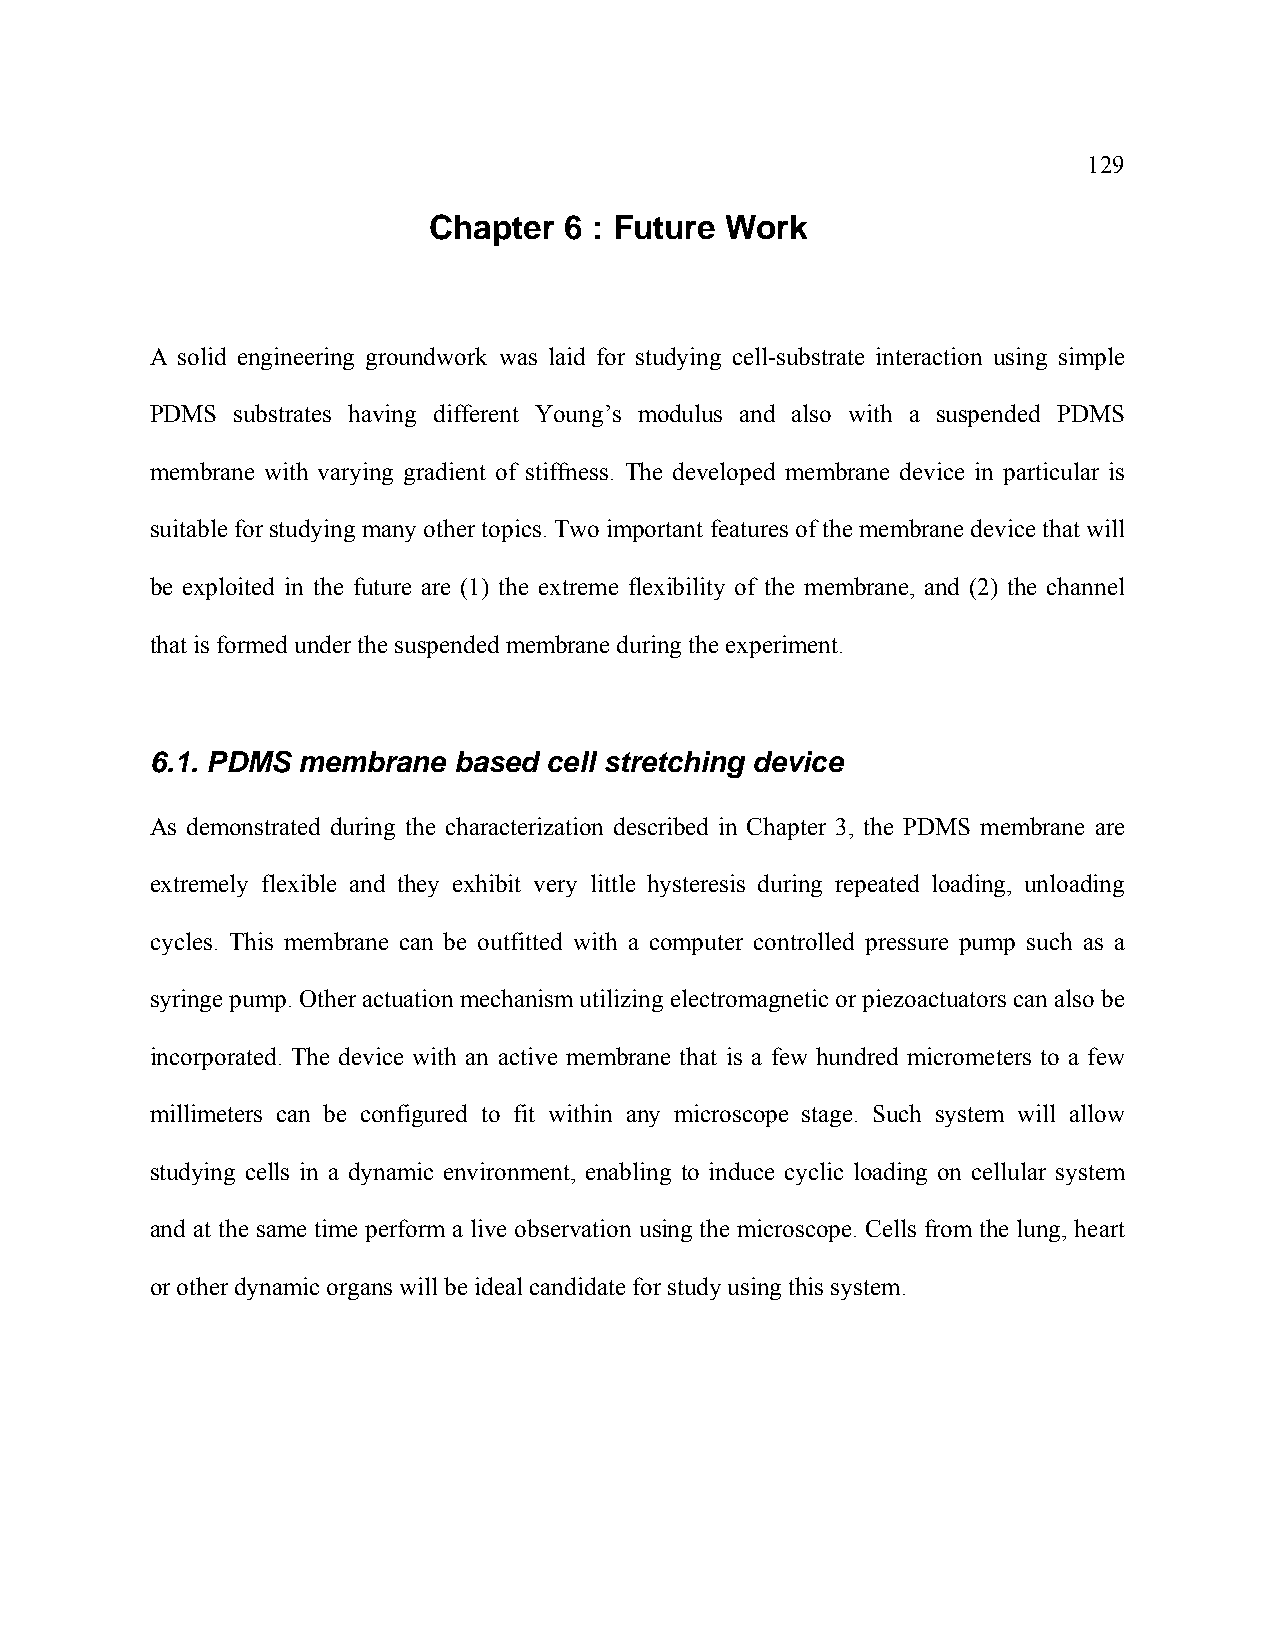
129
 Chapter  6 : Future Work
 A solid engineering groundwork was laid for studying cell-substrate interaction using simple
 PDMS  substrates having different Young’s modulus and also with a suspended PDMS
 membrane with varying gradient of stiffness. The developed membrane device in particular is
 suitable for studying many other topics. Two important features of the membrane device that will
 be exploited in the future are (1) the extreme flexibility of the membrane, and (2) the channel
 that is formed under the suspended membrane during the experiment.
 6.1. PDMS membrane  based cell stretching device
 As demonstrated during the characterization described in Chapter 3, the PDMS membrane are
 extremely flexible and they exhibit very little hysteresis during repeated loading, unloading
 cycles. This membrane can be outfitted with a computer controlled pressure pump such as a
 syringe pump. Other actuation mechanism utilizing electromagnetic or piezoactuators can also be
 incorporated. The device with an active membrane that is a few hundred micrometers to a few
 millimeters can be configured to fit within any microscope stage. Such system will allow
 studying cells in a dynamic environment, enabling to induce cyclic loading on cellular system
 and at the same time perform a live observation using the microscope. Cells from the lung, heart
 or other dynamic organs will be ideal candidate for study using this system.